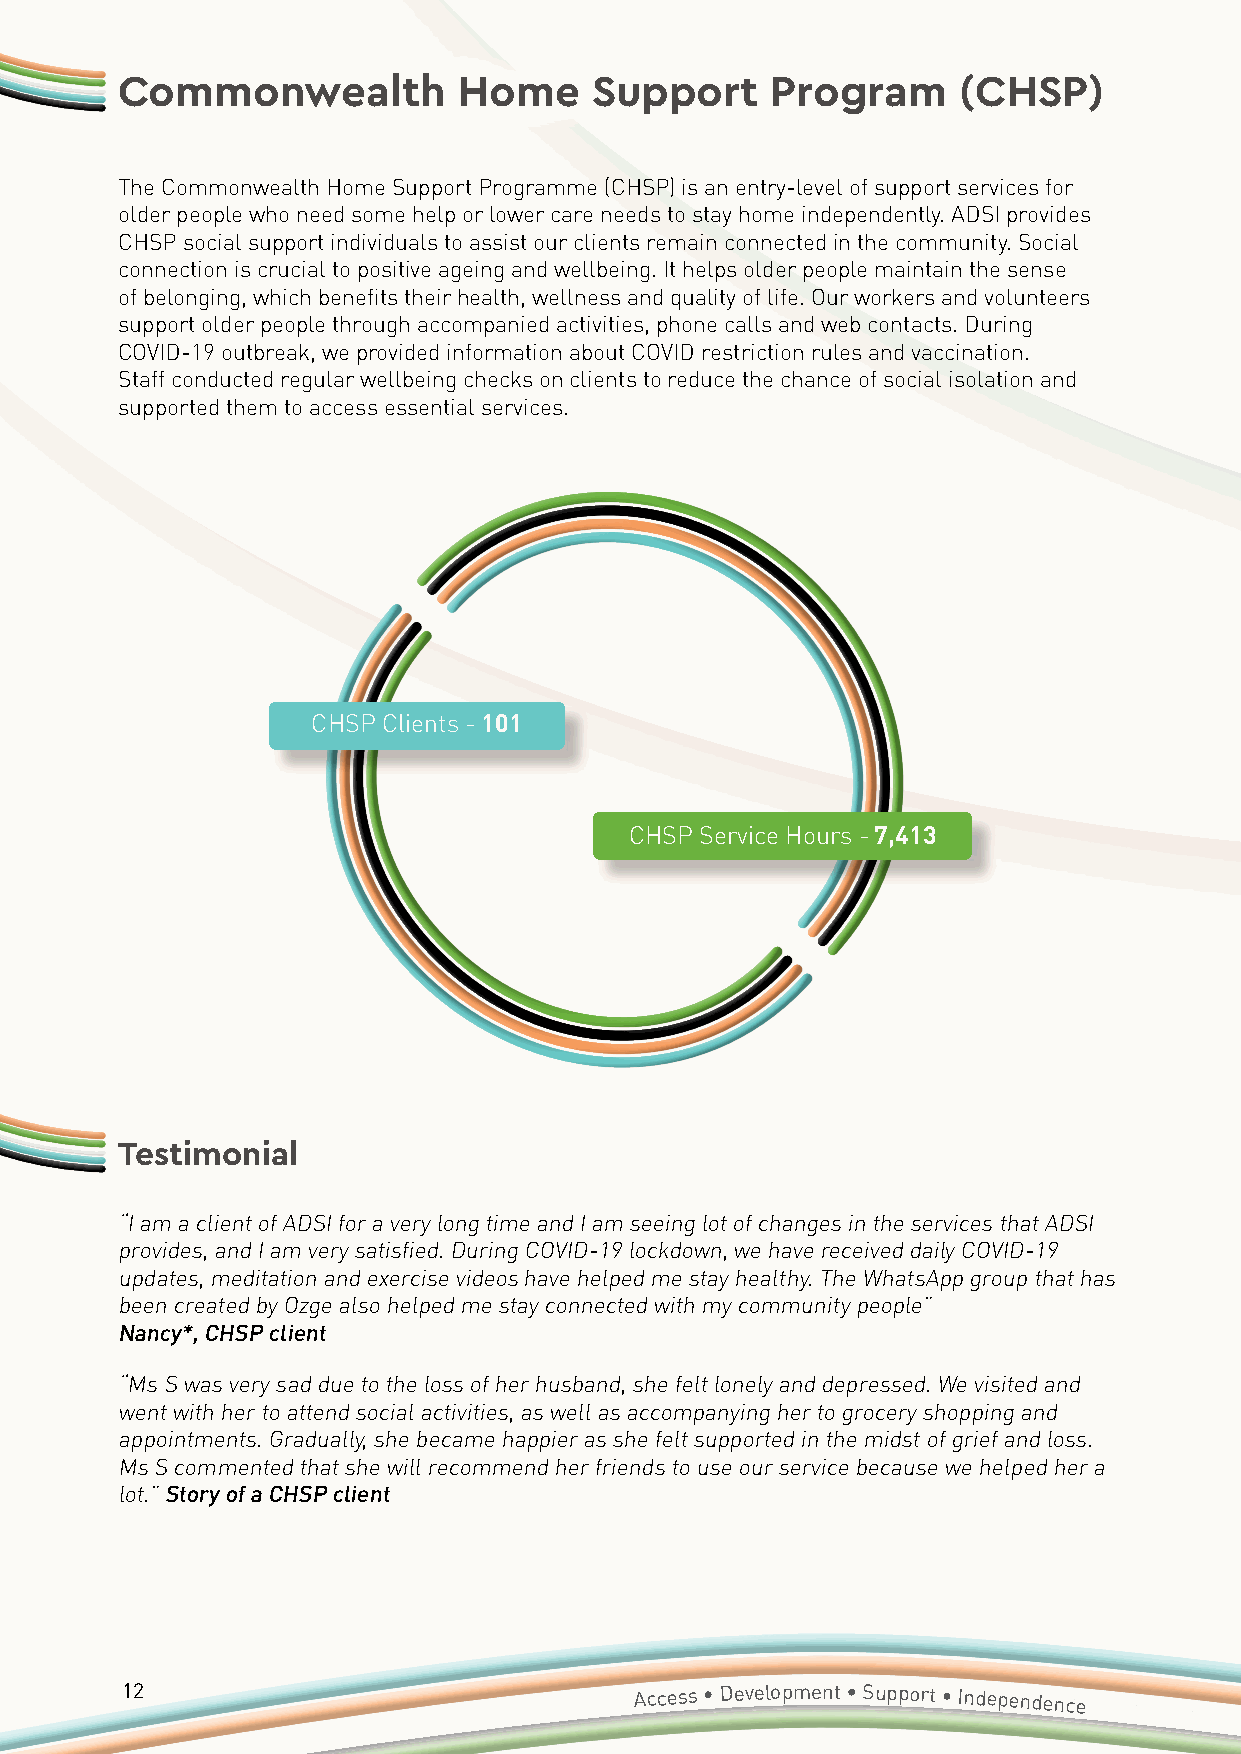
Commonwealth          Home     Support     Program      (CHSP)
 The Commonwealth Home Support Programme (CHSP) is an entry-level of support services for
 older people who need some help or lower care needs to stay home independently. ADSI provides
 CHSP social support individuals to assist our clients remain connected in the community. Social
 connection is crucial to positive ageing and wellbeing. It helps older people maintain the sense
 of belonging, which benefits their health, wellness and quality of life. Our workers and volunteers
 support older people through accompanied activities, phone calls and web contacts. During
 COVID-19 outbreak, we provided information about COVID restriction rules and vaccination.
 Staff conducted regular wellbeing checks on clients to reduce the chance of social isolation and
 supported them to access essential services.
 CHSP Clients - 101
 CHSP Service Hours - 7,413
 Testimonial
 “I am a client of ADSI for a very long time and I am seeing lot of changes in the services that ADSI
 provides, and I am very satisfied. During COVID-19 lockdown, we have received daily COVID-19
 updates, meditation and exercise videos have helped me stay healthy. The WhatsApp group that has
 been created by Ozge also helped me stay connected with my community people”
 Nancy*, CHSP client
 “Ms S was very sad due to the loss of her husband, she felt lonely and depressed. We visited and
 went with her to attend social activities, as well as accompanying her to grocery shopping and
 appointments. Gradually, she became happier as she felt supported in the midst of grief and loss.
 Ms S commented that she will recommend her friends to use our service because we helped her a
 lot.” Story of a CHSP client
 12                                Access • Development • Support • Independence
 Annual
 Report 2020/2021 • Accessible Diversity Services Initiative
 Limited